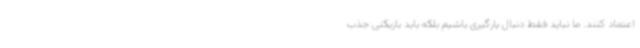
اعتماد کنند. ما نباید فقط دنبال یارگیری باشیم بلکه باید بازیکنی جذب